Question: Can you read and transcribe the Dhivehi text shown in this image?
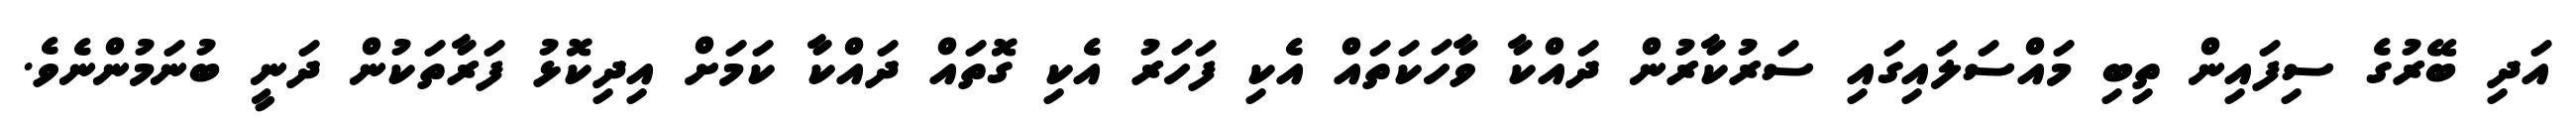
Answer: އަދި ބޭރުގެ ސިފައިން ތިބި މައްސަލައިގައި ސަރުކާރުން ދައްކާ ވާހަކަތައް އެކި ފަހަރު އެކި ގޮތައް ދައްކާ ކަމަށް އިދިކޮޅު ފަރާތަކުން ދަނީ ބުނަމުންނެވެ.